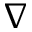
\nabla